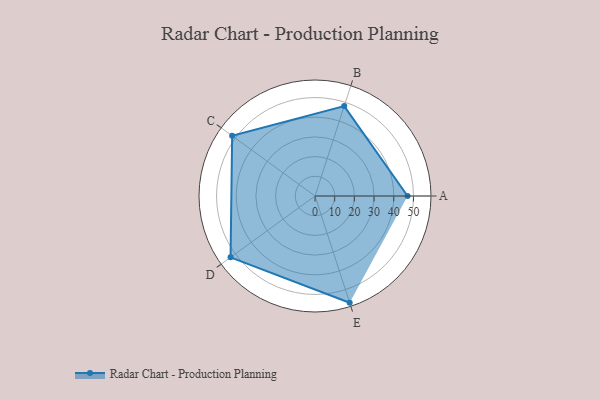
{"axis": {"x": "Skill", "y": "Score"}, "legend": ["Profile"], "data": [{"x": "A", "y": 47.0, "type": "Profile"}, {"x": "B", "y": 48.0, "type": "Profile"}, {"x": "C", "y": 52.0, "type": "Profile"}, {"x": "D", "y": 53.0, "type": "Profile"}, {"x": "E", "y": 57.0, "type": "Profile"}]}